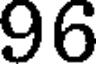
96